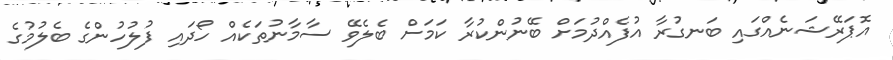
އޮޕަރޭޝަނެއްގައި ބަނގުރާ އުފެއްދުމަށް ބޭނުންކުރާ ކަމަށް ބެލެވޭ ސާމާނުތަކެއް ހޯދައި ފުލުހުންގެ ބެލުމުގެ